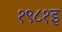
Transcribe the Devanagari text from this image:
१९८१इ